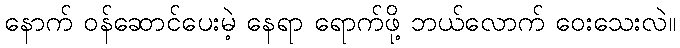
နောက် ဝန်ဆောင်ပေးမဲ့ နေရာ ရောက်ဖို့ ဘယ်လောက် ဝေးသေးလဲ။